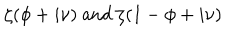
LaTeX: \zeta ( \phi + i \nu ) \mathrm { ~ a n d ~ } \zeta ( 1 - \phi + i \nu )